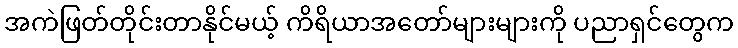
အကဲဖြတ်တိုင်းတာနိုင်မယ့် ကိရိယာအတော်များများကို ပညာရှင်တွေက